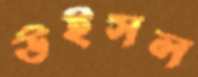
উইসল